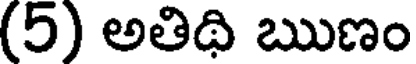
(5) అతిథి ఋణం